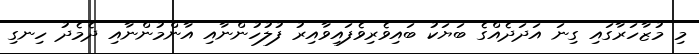
މި މުޒާހަރާގައި ގިނަ އަދަދެއްގެ ބަޔަކު ބައިވެރިވެފައިވާއިރު ފުލުހުންނާއި އާންމުންނާއި ދެމެދު ހިނގި